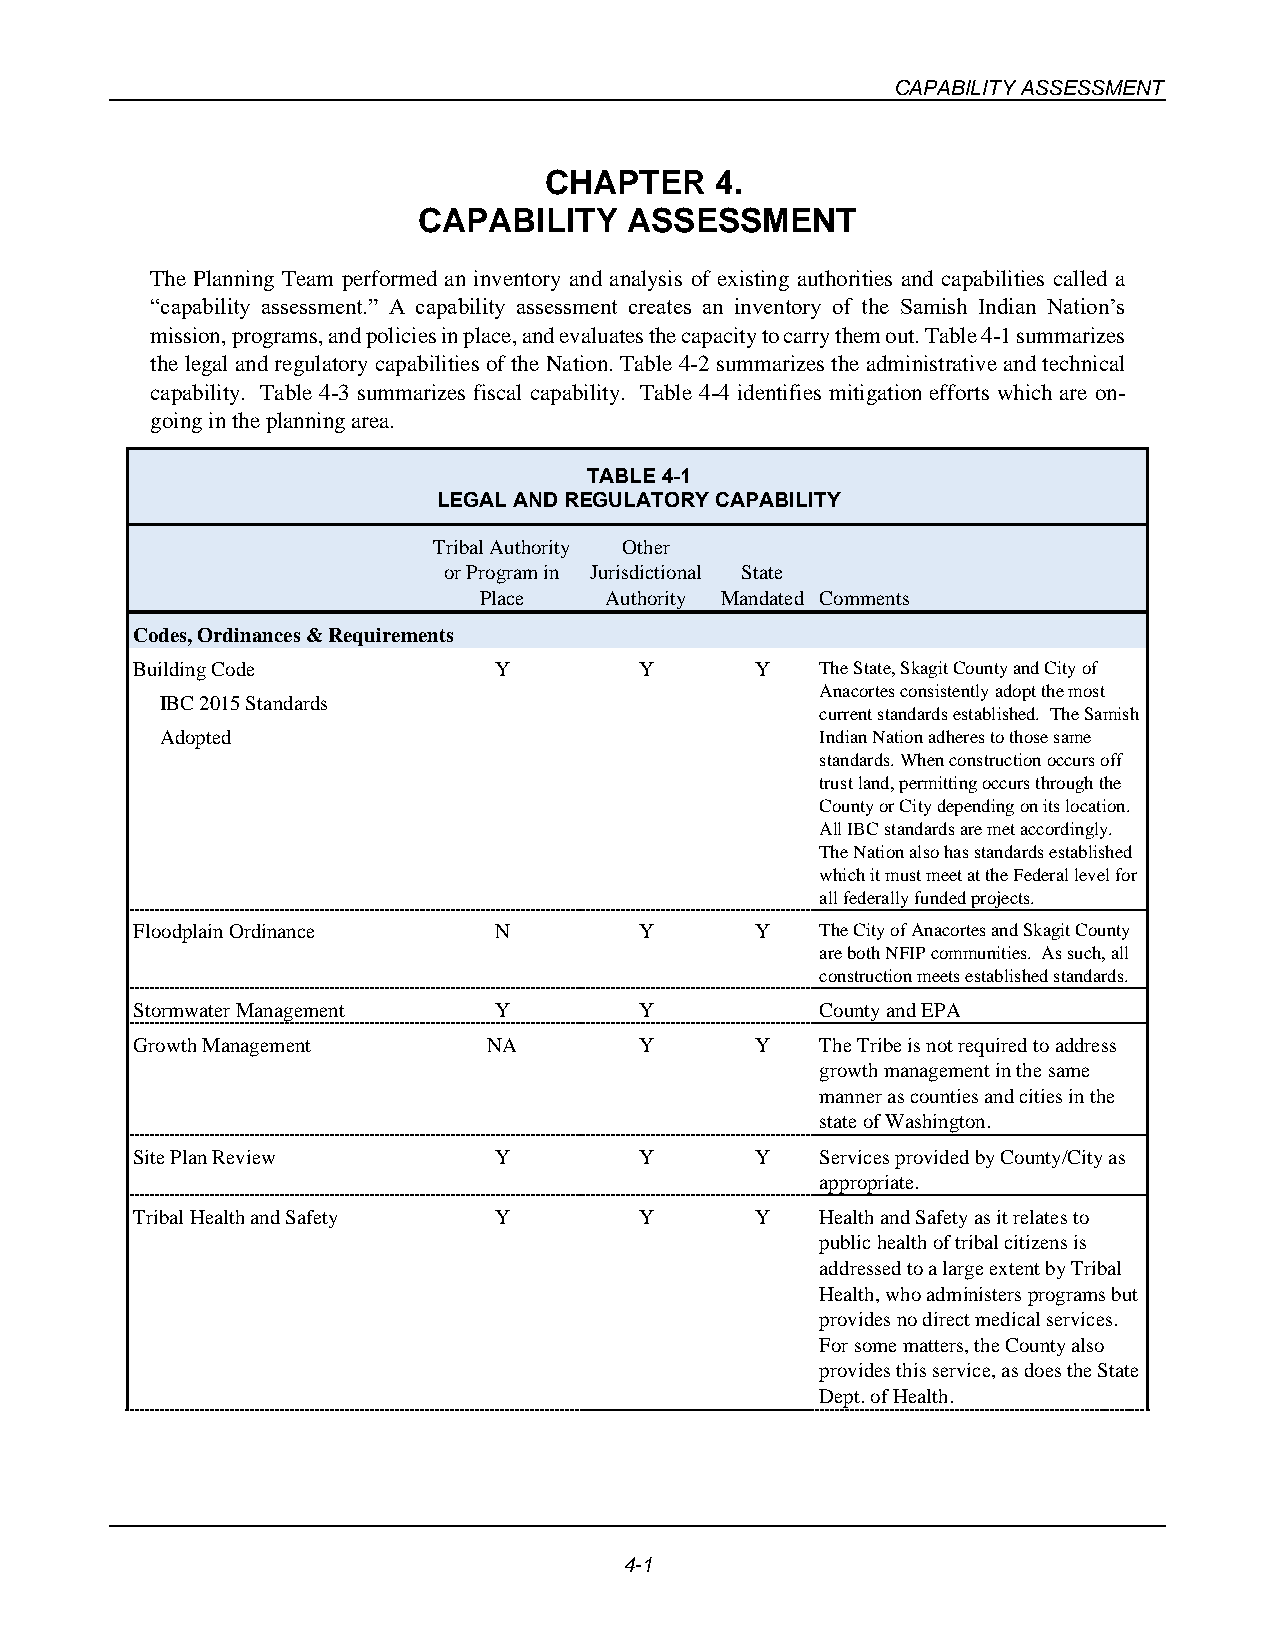
CAPABILITY ASSESSMENT
 CHAPTER    4.
 CAPABILITY    ASSESSMENT
 The Planning Team performed an inventory and analysis of existing authorities and capabilities called a
 “capability assessment.” A capability assessment creates an inventory of the Samish Indian Nation’s
 mission, programs, and policies in place, and evaluates the capacity to carry them out. Table 4-1 summarizes
 the legal and regulatory capabilities of the Nation. Table 4-2 summarizes the administrative and technical
 capability. Table 4-3 summarizes fiscal capability. Table 4-4 identifies mitigation efforts which are on-
 going in the planning area.
 TABLE 4-1
 LEGAL AND REGULATORY CAPABILITY
 Tribal Authority Other
 or Program in Jurisdictional State
 Place   Authority Mandated Comments
 Codes, Ordinances & Requirements
 Building Code           Y        Y       Y   The State, Skagit County and City of
 Anacortes consistently adopt the most
 IBC 2015 Standards
 current standards established. The Samish
 Adopted                                    Indian Nation adheres to those same
 standards. When construction occurs off
 trust land, permitting occurs through the
 County or City depending on its location.
 All IBC standards are met accordingly.
 The Nation also has standards established
 which it must meet at the Federal level for
 all federally funded projects.
 Floodplain Ordinance    N        Y       Y   The City of Anacortes and Skagit County
 are both NFIP communities. As such, all
 c onstruction meets established standards.
 Stormwater Management   Y        Y           County and EPA
 Growth Management      NA        Y       Y   The Tribe is not required to address
 growth management in the same
 manner as counties and cities in the
 state of Washington.
 Site Plan Review        Y        Y       Y   Services provided by County/City as
 appropriate.
 Tribal Health and Safety Y       Y       Y   Health and Safety as it relates to
 public health of tribal citizens is
 addressed to a large extent by Tribal
 Health, who administers programs but
 provides no direct medical services.
 For some matters, the County also
 provides this service, as does the State
 Dept. of Health.
 4-1